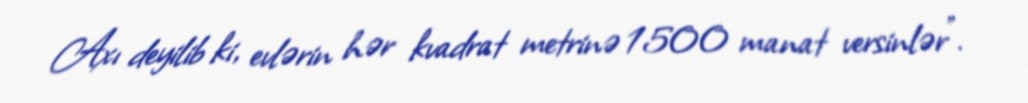
Axı deyilib ki, evlərin hər kvadrat metrinə 1500 manat versinlər”.